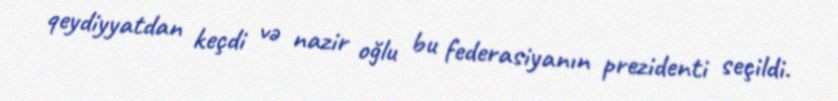
qeydiyyatdan keçdi və nazir oğlu bu federasiyanın prezidenti seçildi.